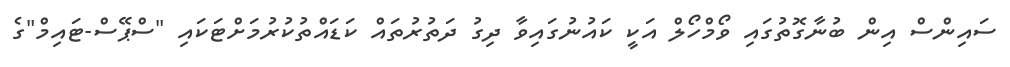
ސައިންސް އިން ބުނާގޮތުގައި ވޯމްހޯލް އަކީ ކައުނުގައިވާ ދިގު ދަތުރުތައް ކަޑައްތުކުރުމަށްޓަކައި "ސްޕޭސް-ޓައިމް"ގެ